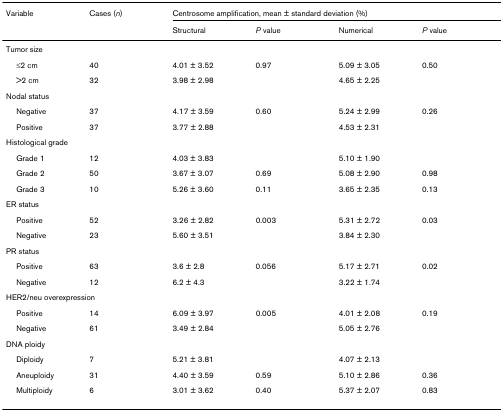
<table><thead><tr><td><b>Variable</b></td><td><b>Cases (<i>n</i>)</b></td><td colspan="4"><b>Centrosome amplification, mean ± standard deviation (%)</b></td></tr><tr><td></td><td></td><td><b>Structural</b></td><td><b><i>P </i>value</b></td><td><b>Numerical</b></td><td><b><i>P </i>value</b></td></tr></thead><tbody><tr><td colspan="6">Tumor size</td></tr><tr><td> ≤2 cm</td><td>40</td><td>4.01 ± 3.52</td><td>0.97</td><td>5.09 ± 3.05</td><td>0.50</td></tr><tr><td> &gt;2 cm</td><td>32</td><td>3.98 ± 2.98</td><td></td><td>4.65 ± 2.25</td><td></td></tr><tr><td colspan="6">Nodal status</td></tr><tr><td> Negative</td><td>37</td><td>4.17 ± 3.59</td><td>0.60</td><td>5.24 ± 2.99</td><td>0.26</td></tr><tr><td> Positive</td><td>37</td><td>3.77 ± 2.88</td><td></td><td>4.53 ± 2.31</td><td></td></tr><tr><td colspan="6">Histological grade</td></tr><tr><td> Grade 1</td><td>12</td><td>4.03 ± 3.83</td><td></td><td>5.10 ± 1.90</td><td></td></tr><tr><td> Grade 2</td><td>50</td><td>3.67 ± 3.07</td><td>0.69</td><td>5.08 ± 2.90</td><td>0.98</td></tr><tr><td> Grade 3</td><td>10</td><td>5.26 ± 3.60</td><td>0.11</td><td>3.65 ± 2.35</td><td>0.13</td></tr><tr><td colspan="6">ER status</td></tr><tr><td> Positive</td><td>52</td><td>3.26 ± 2.82</td><td>0.003</td><td>5.31 ± 2.72</td><td>0.03</td></tr><tr><td> Negative</td><td>23</td><td>5.60 ± 3.51</td><td></td><td>3.84 ± 2.30</td><td></td></tr><tr><td colspan="6">PR status</td></tr><tr><td> Positive</td><td>63</td><td>3.6 ± 2.8</td><td>0.056</td><td>5.17 ± 2.71</td><td>0.02</td></tr><tr><td> Negative</td><td>12</td><td>6.2 ± 4.3</td><td></td><td>3.22 ± 1.74</td><td></td></tr><tr><td colspan="6">HER2/neu overexpression</td></tr><tr><td> Positive</td><td>14</td><td>6.09 ± 3.97</td><td>0.005</td><td>4.01 ± 2.08</td><td>0.19</td></tr><tr><td> Negative</td><td>61</td><td>3.49 ± 2.84</td><td></td><td>5.05 ± 2.76</td><td></td></tr><tr><td colspan="6">DNA ploidy</td></tr><tr><td> Diploidy</td><td>7</td><td>5.21 ± 3.81</td><td></td><td>4.07 ± 2.13</td><td></td></tr><tr><td> Aneuploidy</td><td>31</td><td>4.40 ± 3.59</td><td>0.59</td><td>5.10 ± 2.86</td><td>0.36</td></tr><tr><td> Multiploidy</td><td>6</td><td>3.01 ± 3.62</td><td>0.40</td><td>5.37 ± 2.07</td><td>0.83</td></tr></tbody></table>